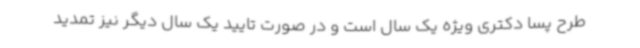
طرح پسا دکتری ویژه یک سال است و در صورت تایید یک سال دیگر نیز تمدید